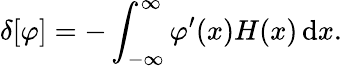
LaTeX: \delta[\varphi]=-\int_{-\infty}^{\infty}\varphi^{\prime}(x)H(x)\, \mathrm{d}x.